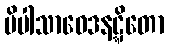
ပိပါသာဝေဒနဋ္ဋိတော